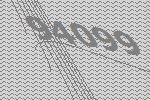
94099